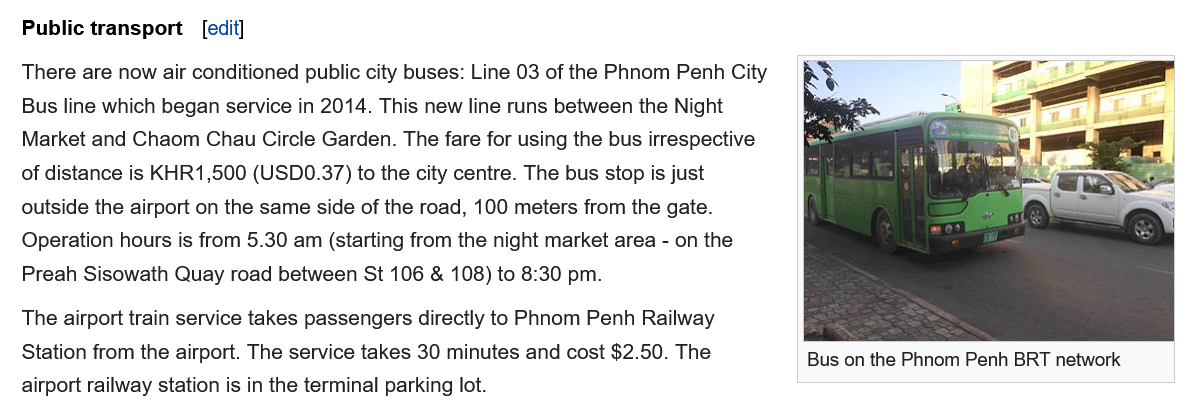
Public transport
  There are now air conditioned public city buses: Line 03 of the Phnom Penh City
   Bus line which began service in 2014. This new line runs between the Night
   Market and Chaom Chau Circle Garden. The fare for using the bus irrespective
  of distance is KHR1,500 (USD0.37) to the city centre. The bus stop is just
  outside the airport on the same side of the road, 100 meters from the gate.
  Operation hours is from 5.30 am (starting from the night market area - on the
   Preah Sisowath Quay road between St 106 & 108) to 8:30 pm.
  The airport train service takes passengers directly to Phnom Penh Railway
  Station from the airport. The service takes 30 minutes and cost $2.50. The
  airport railway station is in the terminal parking lot.
     Bus on the Phnom Penh BRT network
     [edit]